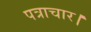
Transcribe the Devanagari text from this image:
पत्राचार।